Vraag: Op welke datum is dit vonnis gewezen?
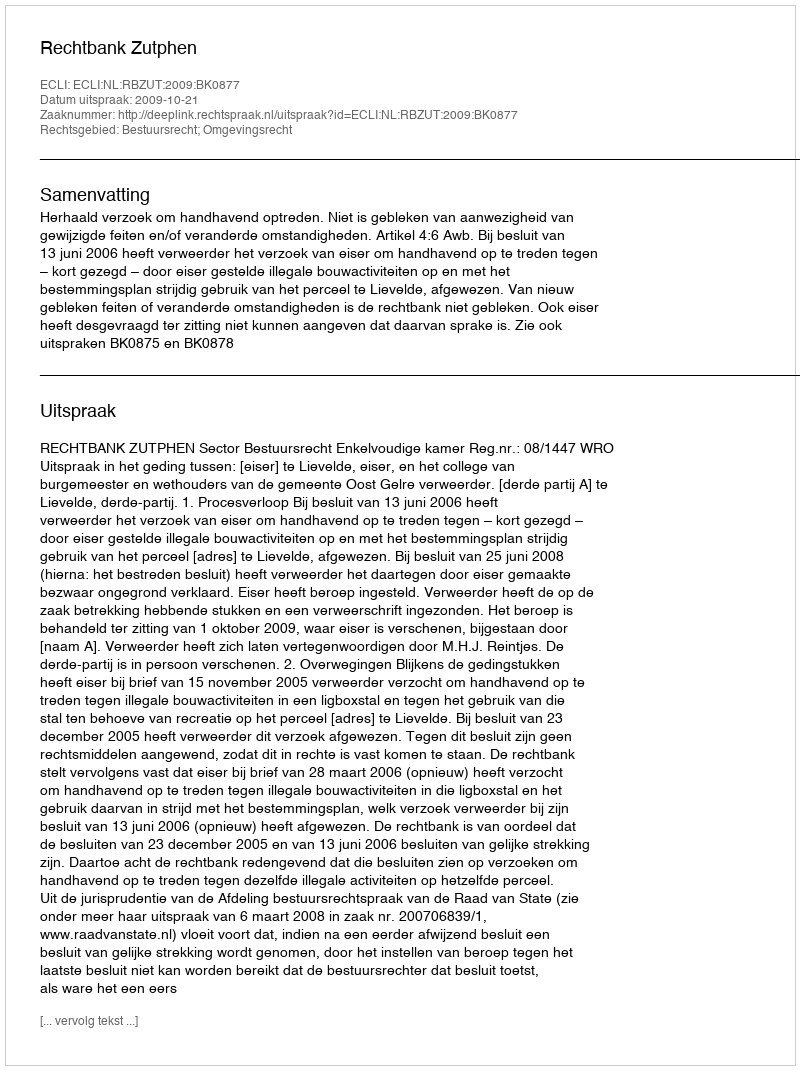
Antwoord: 2009-10-21